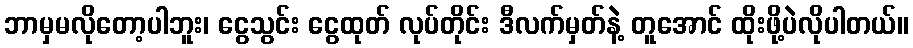
ဘာမှမလိုတော့ပါဘူး၊ ငွေသွင်း ငွေထုတ် လုပ်တိုင်း ဒီလက်မှတ်နဲ့ တူအောင် ထိုးဖို့ပဲလိုပါတယ်။